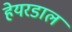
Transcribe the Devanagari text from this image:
हेयरडाल